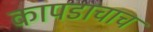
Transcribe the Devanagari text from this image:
कापडाचाच